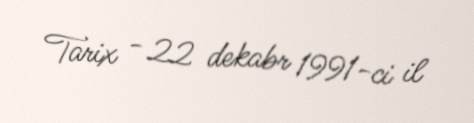
Tarix - 22 dekabr 1991-ci il